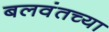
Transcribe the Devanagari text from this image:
बलवंतच्या